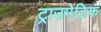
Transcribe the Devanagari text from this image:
ट्राउमेटिक